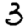
Digit: 3